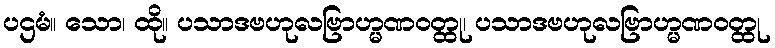
ပဌမံ။ သော၊ ထို။ ပသာဒဗဟုလဗြာဟ္မဏဝတ္ထု၊ ပသာဒဗဟုလဗြာဟ္မဏဝတ္ထု